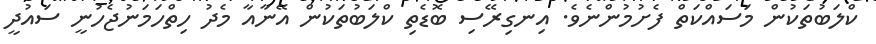
ކްލަބުތަކުން މަސައްކަތް ފެށުމުންނެވެ. އިނގިރޭސި ބޮޑެތި ކްލަބުތަކުން އޭނާއާ މެދު ހިތްހަމަނުޖެހުނީ ސައުދީ